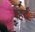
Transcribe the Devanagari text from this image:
व्हर्द